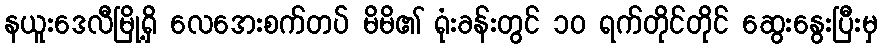
နယူးဒေလီမြို့ရှိ လေအေးစက်တပ် မိမိ၏ ရုံးခန်းတွင် ၁၀ ရက်တိုင်တိုင် ဆွေးနွေးပြီးမှ